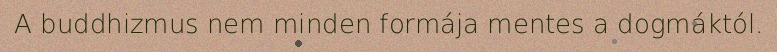
A buddhizmus nem minden formája mentes a dogmáktól.